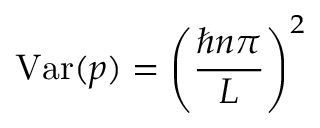
\mathrm { V a r } ( p ) = \left( { \frac { \hbar n \pi } { L } } \right) ^ { 2 }